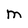
Character: M